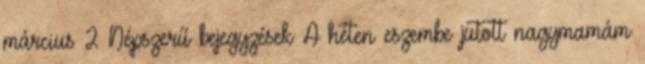
március 2 Népszerű bejegyzések A héten eszembe jutott nagymamám